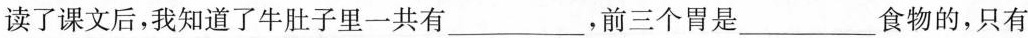
读了课文后，我知道了牛肚子里一共有___，前三个胃是___食物的，只有